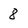
Character: 8